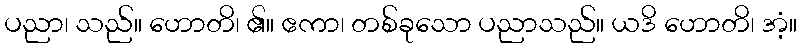
ပညာ၊ သည်။ ဟောတိ၊ ၏။ ဧကာ၊ တစ်ခုသော ပညာသည်။ ယဒိ ဟောတိ၊ အံ့။